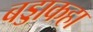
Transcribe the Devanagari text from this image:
बड्डाकहा